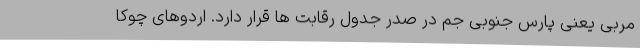
مربی یعنی پارس جنوبی جم در صدر جدول رقابت ها قرار دارد. اردوهای چوکا